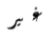
غير